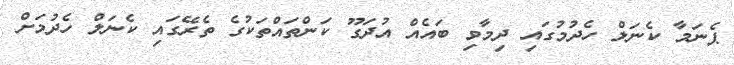
ޕެނަމާ ކެނަލް ހެދުމުގައި ދިމާވި ބައެއް އުދަގޫ ކަންތައްތަކުގެ ތެރޭގައި ކެނަލް ހެދުމަށް